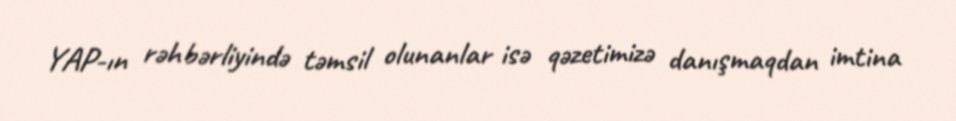
YAP-ın rəhbərliyində təmsil olunanlar isə qəzetimizə danışmaqdan imtina